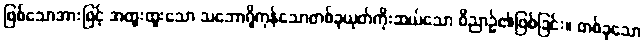
ဖြစ်သောအားဖြင့် အထူးထူးသော သဘောရှိကုန်သောတစ်ခုယုတ်ကိုးဆယ်သော ဝိညာဉ်၏ဖြစ်ခြင်း။ တစ်ခုသော